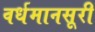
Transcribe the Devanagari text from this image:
वर्धमानसूरी